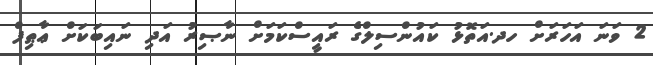
2 ވަނަ އަހަރަށް ހދ.އަތޮޅު ކައުންސިލްގެ ރައީސްކަމަށް ނާޞިރު އަދި ނައިބަކަށް ޢާޠިފް